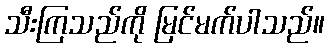
သီးကြသည်ကို မြင်မက်ပါသည်။